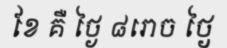
ខែ គឺ ថ្ងៃ ៨រោច ថ្ងៃ